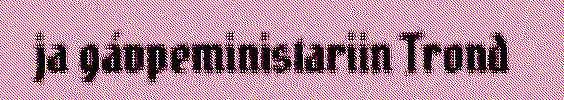
ja gávpeministariin Trond